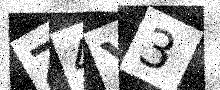
Text: Z4Y3